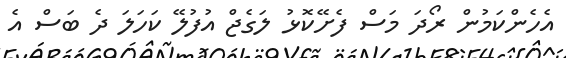
އެހެންކަމުން ރޯދަ މަސް ފެށޭކޮޅު ލަގެޖް އުފުލޭ ކަހަލަ ދެ ބަސް އެ